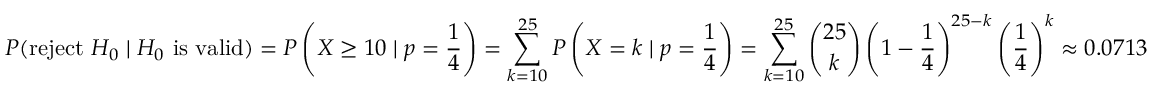
P ( { \mathrm { r e j e c t ~ } } H _ { 0 } \mid H _ { 0 } { \mathrm { ~ i s ~ v a l i d } } ) = P \left( X \geq 1 0 \mid p = { \frac { 1 } { 4 } } \right) = \sum _ { k = 1 0 } ^ { 2 5 } P \left( X = k \mid p = { \frac { 1 } { 4 } } \right) = \sum _ { k = 1 0 } ^ { 2 5 } { \binom { 2 5 } { k } } \left( 1 - { \frac { 1 } { 4 } } \right) ^ { 2 5 - k } \left( { \frac { 1 } { 4 } } \right) ^ { k } \approx 0 . 0 7 1 3